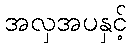
အလှအပနှင့်